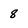
Character: 8